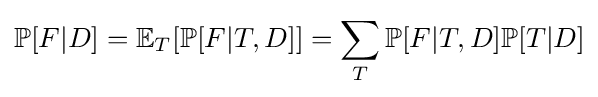
\mathbb {P} [F|D]=\mathbb {E} _{T}[\mathbb {P} [F|T,D]]=\sum _{T}\mathbb {P} [F|T,D]\mathbb {P} [T|D]